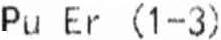
PU ER (1-3)